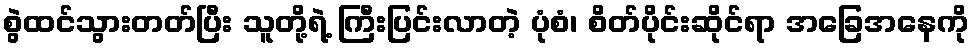
စွဲထင်သွားတတ်ပြီး သူတို့ရဲ့ ကြီးပြင်းလာတဲ့ ပုံစံ၊ စိတ်ပိုင်းဆိုင်ရာ အခြေအနေကို